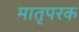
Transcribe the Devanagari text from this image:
मातृपरक